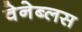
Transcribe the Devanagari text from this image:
वेनेब्लस